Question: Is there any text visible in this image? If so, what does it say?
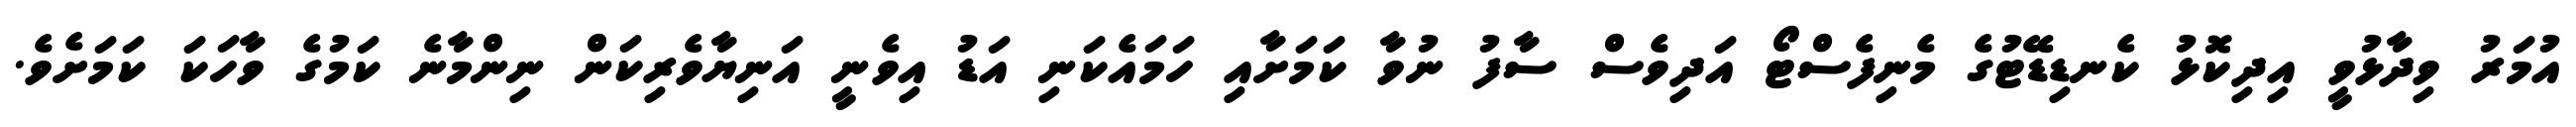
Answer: އުމަރު ވިދާޅުވީ އިދިކޮޅު ކެނޑިޑޭޓުގެ މެނިފެސްޓޯ އަދިވެސް ސާފު ނުވާ ކަމަށާއި ހަމައެކަނި އަޑު އިވެނީ އަނިޔާވެރިކަން ނިންމާނެ ކަމުގެ ވާހަކަ ކަމަށެވެ.